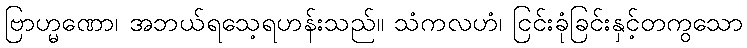
ဗြာဟ္မဏော၊ အဘယ်ရသေ့ရဟန်းသည်။ သံကလဟံ၊ ငြင်းခုံခြင်းနှင့်တကွသော